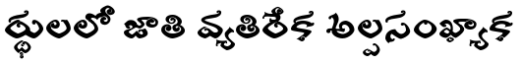
ర్థులలో జాతి వ్యతిరేక అల్పసంఖ్యాక